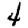
Digit: 4